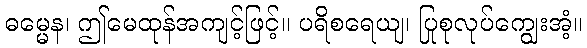
ဓမ္မေန၊ ဤမေထုန်အကျင့်ဖြင့်။ ပရိစရေယျ၊ ပြုစုလုပ်ကျွေးအံ့။